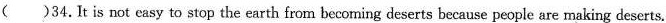
()34.It is not easy to stop the earth from becoming deserts because people are making deserts.